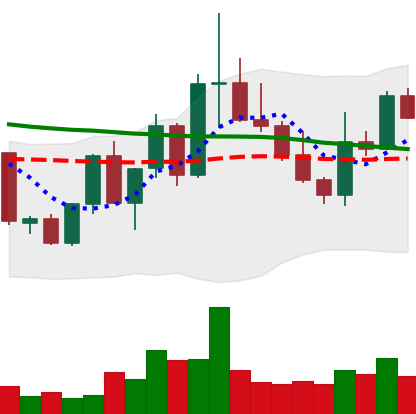
Ticker: XLM-USD
Chart end date: 2022-10-02
Forward return: 3.164%
Label: up_3_5